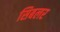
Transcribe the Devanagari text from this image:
सिबलर